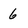
Character: 6